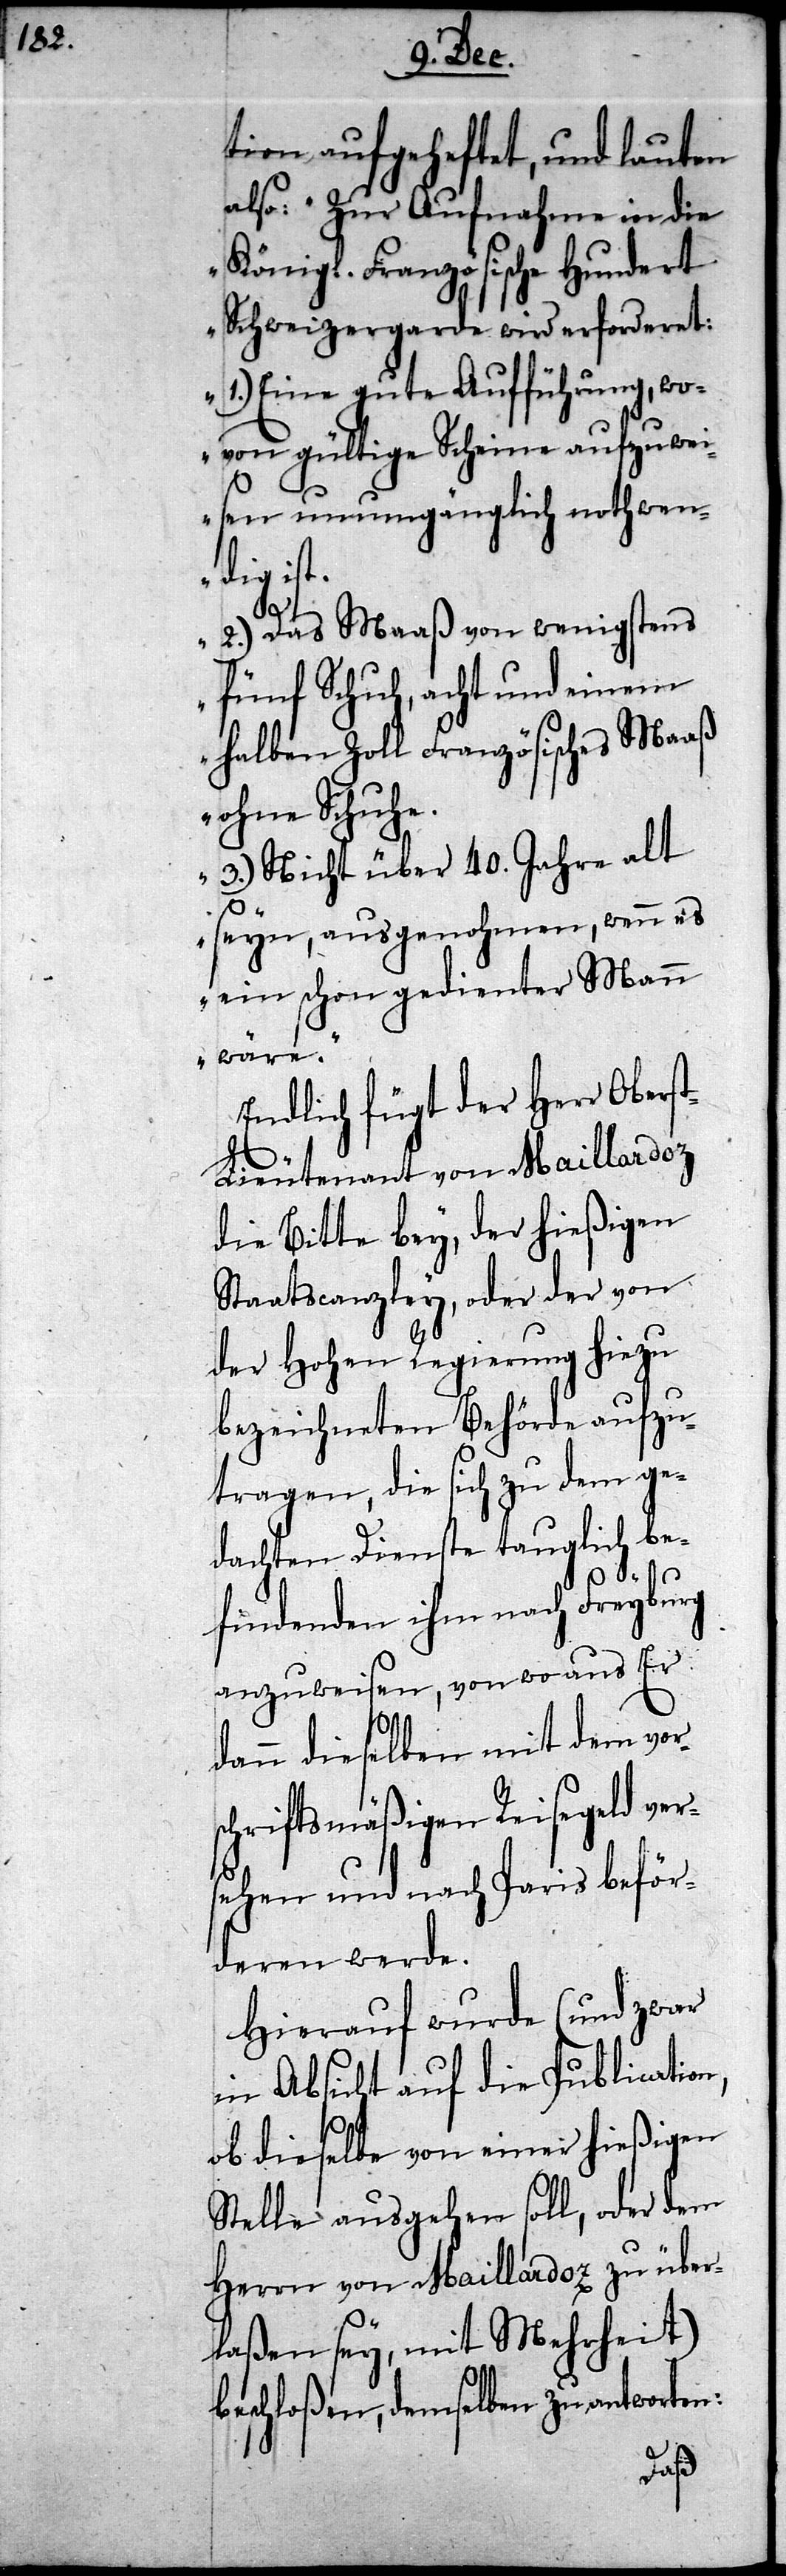
tion aufgeheftet, und lauten
also: „Zur Aufnahme in die
Königl. Französische Hunder¬
t-Schweizergarde wird erforderet:
1.) Eine gute Aufführung, wo¬
von gültige Scheine auszuwei¬
sen unumgänglich nothwen¬
dig ist.
2.) Das Maaß von wenigstens
fünf Schuh, acht und einem
halben Zoll Französisches Maaß
ohne Schuhe.
3.) Nicht über 40. Jahre alt
seyn, ausgenohmen, wenn es
ein schon gedienter Mann
wäre.“
Endlich fügt der Herr Obers¬
t-Lieutenant von Maillardoz
die Bitte bey, der hießigen
Staatscanzley, oder der von
der Hohen Regierung hiezu
bezeichneten Behörde aufzu¬
tragen, die sich zu dem ge¬
dachten Dienste tauglich be¬
findenden ihm nach Freyburg
anzuweisen, von wo aus Er
dann dieselben mit dem vor¬
schriftsmäßigen Reisegeld ver¬
sehen und nach Paris beför¬
deren werde.
Hierauf wurde (und zwar
in Absicht auf die Publication,
ob dieselbe von einer hießigen
Stelle ausgehen soll, oder dem
Herrn von Maillardoz zu über¬
laßen sey, mit Mehrheit)
beschloßen, demselben zu antworten: